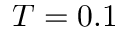
T = 0 . 1